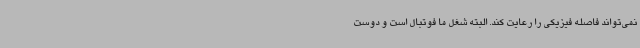
نمی‌تواند فاصله فیزیکی را رعایت کند. البته شغل ما فوتبال است و دوست